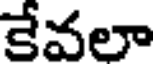
కేవలా